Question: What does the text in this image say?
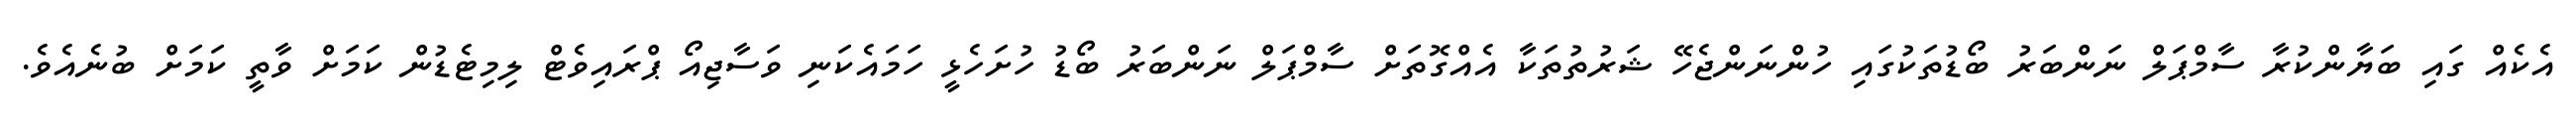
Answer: އެކެއް ގައި ބަޔާންކުރާ ސާމްޕަލް ނަންބަރު ބޯޑުތަކުގައި ހުންނަންޖެހޭ ޝަރުތުތަކާ އެއްގޮތަށް ސާމްޕަލް ނަންބަރު ބޯޑު ހުށަހެޅީ ހަމައެކަނި ވަސާޖިއޯ ޕްރައިވެޓް ލިމިޓެޑުން ކަމަށް ވާތީ ކަމަށް ބުނެއެވެ.